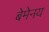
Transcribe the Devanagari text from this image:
बेमेनय